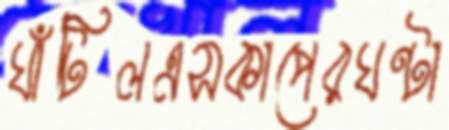
ঘাঁটিলএসকাপেরঘণ্টা